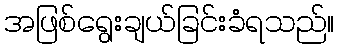
အဖြစ်ရွေးချယ်ခြင်းခံရသည်။